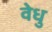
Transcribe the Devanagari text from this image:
वेधु